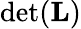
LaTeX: \operatorname*{det}(\mathbf{L})